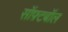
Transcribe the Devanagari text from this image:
सॉफ़्टबॉल